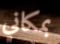
بمكاني